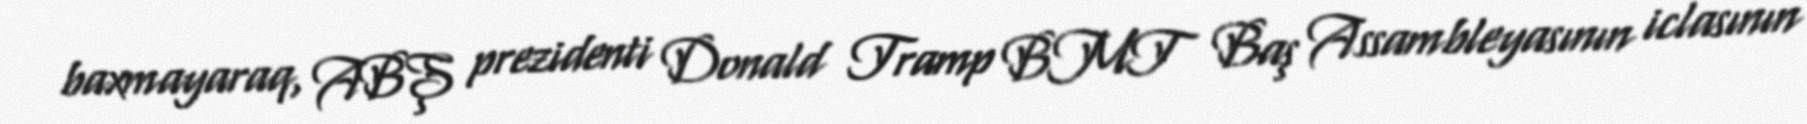
baxmayaraq, ABŞ prezidenti Donald Tramp BMT Baş Assambleyasının iclasının